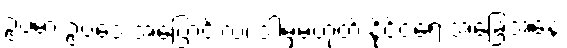
ဥပမာ ဥပဒေ အပြောင်းလဲ၊ ဒါမှမဟုတ် နိုင်ငံရေးအခြေအနေ